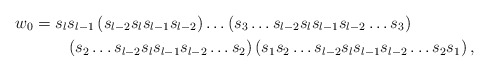
\begin{align*} w_0&=s_{l}s_{l-1}\left(s_{l-2}s_{l}s_{l-1}s_{l-2}\right)\ldots \left(s_3\ldots s_{l-2}s_{l}s_{l-1}s_{l-2}\ldots s_3\right)\\ &\qquad\left(s_2\ldots s_{l-2}s_{l}s_{l-1}s_{l-2}\ldots s_2\right)\left(s_1s_2\ldots s_{l-2}s_{l}s_{l-1}s_{l-2}\ldots s_2 s_1\right),\end{align*}